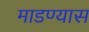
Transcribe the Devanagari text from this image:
माडण्यास